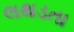
લથડતા